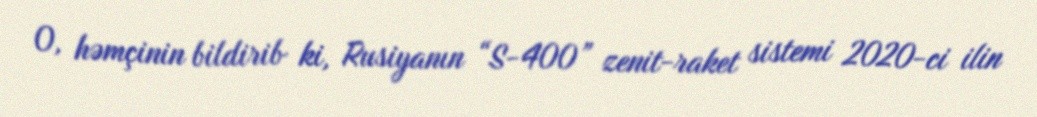
O, həmçinin bildirib ki, Rusiyanın “S-400” zenit-raket sistemi 2020-ci ilin